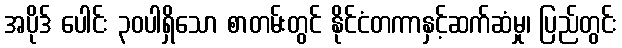
အပိုဒ် ပေါင်း ၃၀ပါရှိသော စာတမ်းတွင် နိုင်ငံတကာနှင့်ဆက်ဆံမှု၊ ပြည်တွင်း